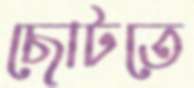
ছোটতে